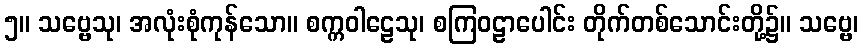
၅။ သဗ္ဗေသု၊ အလုံးစုံကုန်သော။ စက္ကဝါဠေသု၊ စကြဝဠာပေါင်း တိုက်တစ်သောင်းတို့၌။ သဗ္ဗေ၊